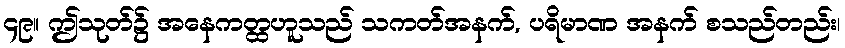
၄၉။ ဤသုတ်၌ အနေကတ္ထဟူသည် သကတ်အနက်, ပရိမာဏ အနက် စသည်တည်း၊